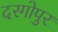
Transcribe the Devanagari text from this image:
दरगोपुर